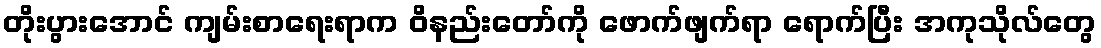
တိုးပွားအောင် ကျမ်းစာရေးရာက ဝိနည်းတော်ကို ဖောက်ဖျက်ရာ ရောက်ပြီး အကုသိုလ်တွေ